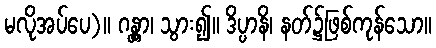
မလိုအပ်ပေ)။ ဂန္တွာ၊ သွား၍။ ဒိပ္ပာနိ၊ နတ်၌ဖြစ်ကုန်သော။